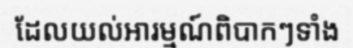
ដែលយល់អារម្មណ៍ពិបាកៗទាំង